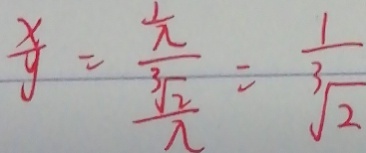
\frac { x } { y } = \frac { \frac { 1 } { 2 } } { \frac { \sqrt [ 3 ] { 2 } } { \lambda } } = \frac { 1 } { \sqrt [ 3 ] { 2 } }